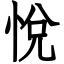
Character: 悅